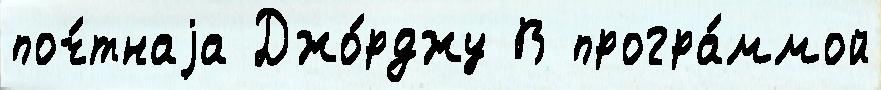
поч́тнаjа Джо́рджу В програ́ммой